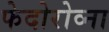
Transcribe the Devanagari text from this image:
फेदोरोव्ना